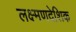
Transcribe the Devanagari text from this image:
लक्ष्मणदेशिक